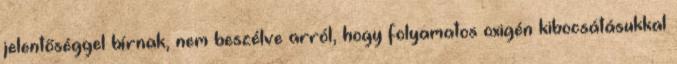
jelentőséggel bírnak, nem beszélve arról, hogy folyamatos oxigén kibocsátásukkal